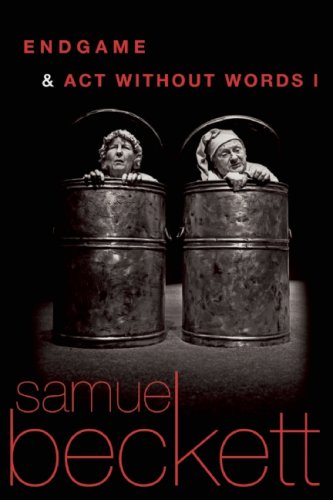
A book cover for Endgame and Act Without Words; Literature & Fiction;